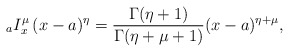
\begin{align*}{}_a I_{x}^\mu \, (x-a)^\eta= \dfrac{\Gamma(\eta+1)}{\Gamma(\eta+\mu+1)} (x-a)^{\eta+\mu},\end{align*}